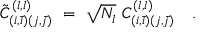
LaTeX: { { \tilde { C } } _ { ( i , \bar { i } ) ( j , \bar { j } ) } } ^ { ( l , l ) } \ = \ { \sqrt { N _ { l } } \ C _ { ( i , \bar { i } ) ( j , \bar { j } ) } ^ { ( l , l ) } } \quad .